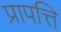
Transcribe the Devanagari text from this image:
प्रापत्ति